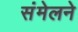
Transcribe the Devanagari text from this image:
संंमेलने